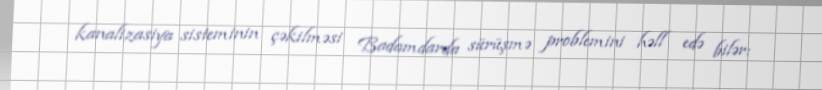
kanalizasiya sisteminin çəkilməsi Badamdarda sürüşmə problemini həll edə bilər: